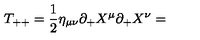
T _ { + + } = \frac { 1 } { 2 } \eta _ { \mu \nu } \partial _ { + } X ^ { \mu } \partial _ { + } X ^ { \nu } =